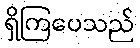
ရှိကြပေသည်